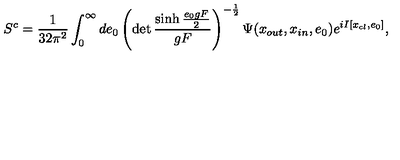
S \sp c = { \frac { 1 } { 3 2 \pi \sp 2 } } \int \sb 0 \sp \infty d e \sb 0 \left( \det \frac { \sinh \frac { e \sb 0 g F } { 2 } } { g F } \right) \sp { - \frac { 1 } { 2 } } \Psi ( x \sb { o u t } , x \sb { i n } , e \sb 0 ) e \sp { { i } I \lbrack x \sb { c l } , e \sb 0 \rbrack } ,